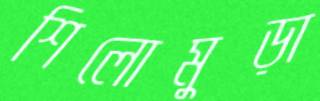
শিলোমুড়া